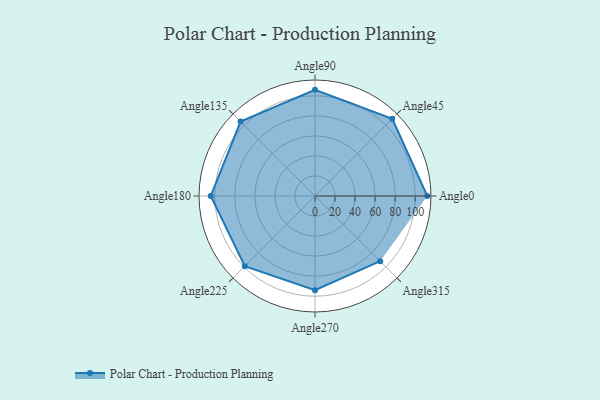
{"axis": {"x": "Angle", "y": "Radius"}, "legend": [""], "data": [{"x": "Angle0", "y": 112.0, "type": ""}, {"x": "Angle45", "y": 109.0, "type": ""}, {"x": "Angle90", "y": 106.0, "type": ""}, {"x": "Angle135", "y": 105.0, "type": ""}, {"x": "Angle180", "y": 104.0, "type": ""}, {"x": "Angle225", "y": 99.0, "type": ""}, {"x": "Angle270", "y": 94.0, "type": ""}, {"x": "Angle315", "y": 92.0, "type": ""}]}